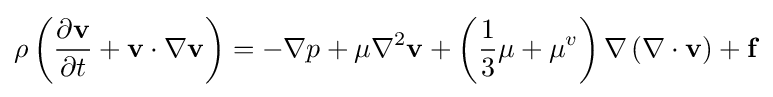
\rho \left({\frac {\partial \mathbf {v} }{\partial t}}+\mathbf {v} \cdot \nabla \mathbf {v} \right)=-\nabla p+\mu \nabla ^{2}\mathbf {v} +\left({\frac {1}{3}}\mu +\mu ^{v}\right)\nabla \left(\nabla \cdot \mathbf {v} \right)+\mathbf {f}